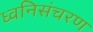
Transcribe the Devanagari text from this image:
ध्वनिसंचरण